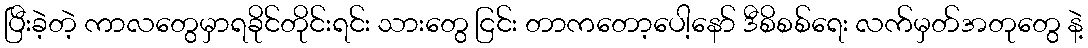
ပြီးခဲ့တဲ့ ကာလတွေမှာရခိုင်တိုင်းရင်း သားတွေ ငြင်း တာကတော့ပေါ့နော် ဒီစိစစ်ရေး လက်မှတ်အတုတွေ နဲ့